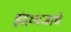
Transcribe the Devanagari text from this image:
इंद्रध्वजाचे